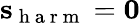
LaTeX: \mathbf s_{\mathrm{~h~a~r~m~}}=\mathbf 0